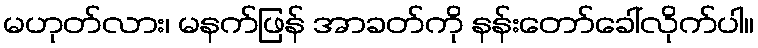
မဟုတ်လား၊ မနက်ဖြန် အာခတ်ကို နန်းတော်ခေါ်လိုက်ပါ။